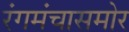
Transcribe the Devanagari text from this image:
रंगमंचासमोर